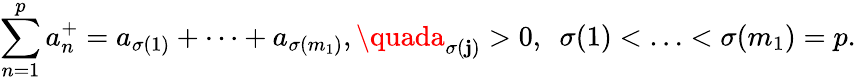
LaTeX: \sum_{n=1}^{p}a_{n}^{+}=a_{\sigma(1)}+\cdots+a_{\sigma(m_{1})},\quada_{\sigma(\mathbf{j})}>0,\ \ \sigma(1)<\ldots<\sigma(m_{1})=p.